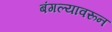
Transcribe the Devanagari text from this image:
बंगल्यावरून